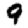
Digit: 9